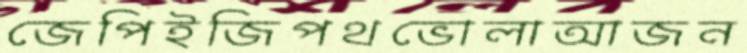
জেপিইজিপথভোলাআজন